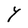
Character: Y